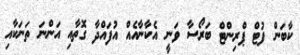
ކާބަން ފުޓް ޕްރިންޓް ބަރޯސާ ވަނީ އެކާނާއެއް އުފައްދާ ގޮތާއި އަންނަ ތަނަކާއި